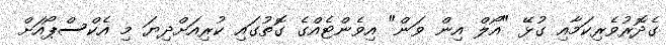
ގެދޮރުވެރިކަމާއި ގުޅޭ "އޯލް އިން ވަން" އިވެންޓެއްގެ ގޮތުގައި ކުރިއަށްދިޔަ މި އެކްސްޕޯއަށް